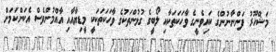
މަޝްހޫރު ފަންނާނުންގެ ކައިވެނީގެ ވާހަކަތަކާއި ލޯބީގެ ގުޅުންތަކުގެ ވާހަކަތަކަކީ މީޑިޔާއާއި އާއްމުންވެސް އެކަންކަމަށް